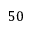
5 0